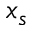
x _ { s }